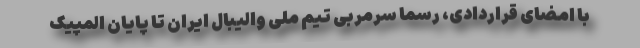
با امضای قراردادی، رسما سرمربی تیم ملی والیبال ایران تا پایان المپیک